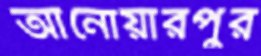
আনোয়ারপুর